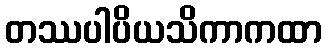
တဿပါပိယသိကာကထာ